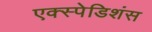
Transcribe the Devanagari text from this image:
एक्स्पेडिशंस